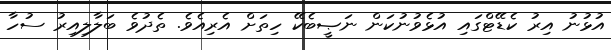
އުޅުނު އިރު ކެޑޭޓްގައި އުޅެވުނުކަން ނަޞީބެކޭ ހިތަށް އެރިއެވެ. ތެދުވެ ބަލާލިއިރު ސުހާ